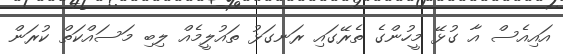
އައިއެސް އާ ގުޅޭ މީހުންގެ ތެރޭގައި ރަނގަޅު ތައުލީމެއް ލިބި މަސައްކަތް ކުރަން